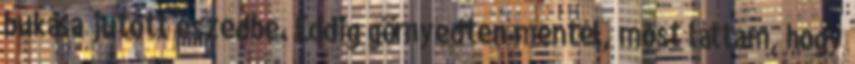
bukása jutott eszedbe. Eddig görnyedten mentél, most láttam, hogy